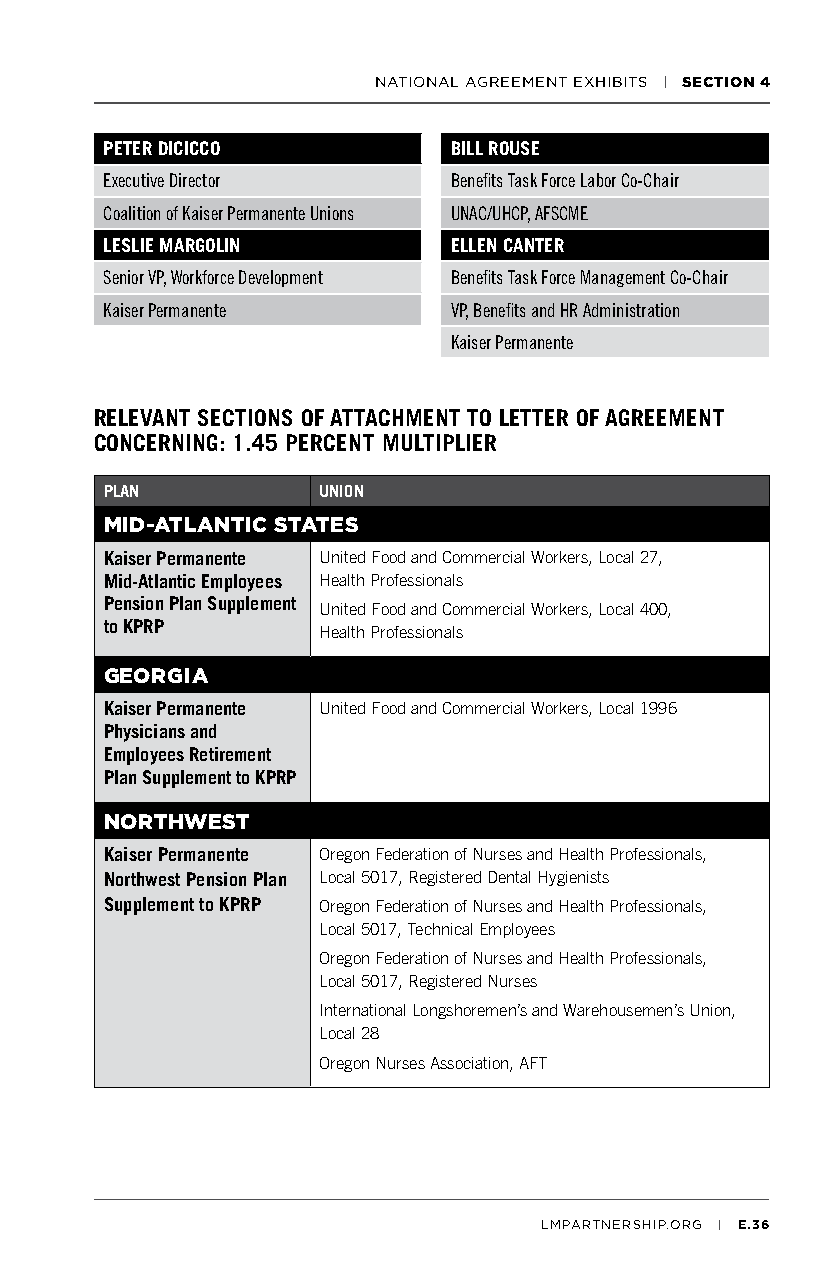
NATIONAL AGREEMENT EXHIBITS | SECTION 4
 PETER DICICCO          BILL ROUSE
 Executive Director     Benefits Task Force Labor Co-Chair
 Coalition of Kaiser Permanente Unions UNAC/UHCP, AFSCME
 LESLIE MARGOLIN        ELLEN CANTER
 Senior VP, Workforce Development Benefits Task Force Management Co-Chair
 Kaiser Permanente      VP, Benefits and HR Administration
 Kaiser Permanente
 RELEVANT SECTIONS OF ATTACHMENT TO LETTER OF AGREEMENT
 CONCERNING: 1.45 PERCENT MULTIPLIER
 PLAN          UNION
 MID-ATLANTIC STATES
 Kaiser Permanente United Food and Commercial Workers, Local 27,
 Mid-Atlantic Employees Health Professionals
 Pension Plan Supplement United Food and Commercial Workers, Local 400,
 to KPRP       Health Professionals
 GEORGIA
 Kaiser Permanente United Food and Commercial Workers, Local 1996
 Physicians and
 Employees Retirement
 Plan Supplement to KPRP
 NORTHWEST
 Kaiser Permanente Oregon Federation of Nurses and Health Professionals,
 Northwest Pension Plan Local 5017, Registered Dental Hygienists
 Supplement to KPRP Oregon Federation of Nurses and Health Professionals,
 Local 5017, Technical Employees
 Oregon Federation of Nurses and Health Professionals,
 Local 5017, Registered Nurses
 International Longshoremen’s and Warehousemen’s Union,
 Local 28
 Oregon Nurses Association, AFT
 LMPARTNERSHIP.ORG | E.36